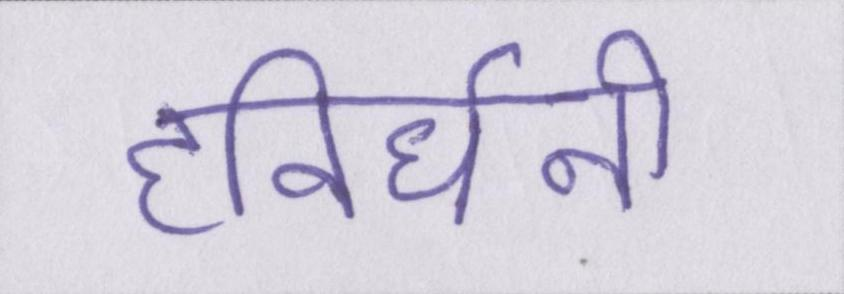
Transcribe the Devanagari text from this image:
हविर्धनी